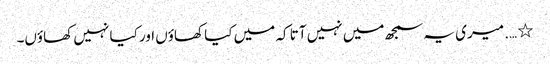
٭ …. میری یہ سمجھ میں نہیں آتا کہ میں کیا کھاؤں اور کیا نہیں کھاؤں۔